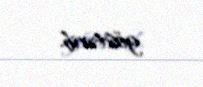
göstərib.